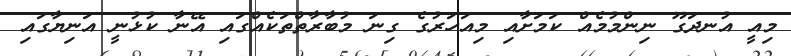
މިއީ އުނދަގޫ ނިންމުމެއް ކަމަށާއި މިއަހަރުގެ ގިނަ މުބާރާތްތަކެއްގައި އޭނާ ކުޅުނީ އަނިޔާގައި